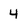
Character: 4